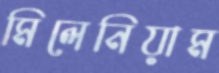
মিলেনিয়াম